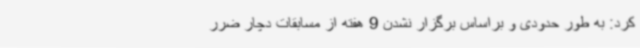
کرد: به طور حدودی و براساس برگزار نشدن 9 هفته از مسابقات دچار ضرر